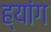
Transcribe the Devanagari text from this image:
ह्यांग